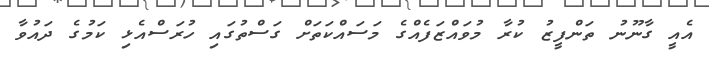
އެއީ ގާނޫނު ތަންފީޒު ކުރާ މުވައްޒަފެއްގެ މަސައްކަތަށް ގަސްތުގައި ހުރަސްއެޅި ކަމުގެ ދައުވާ